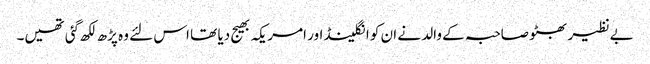
بےنظیر بھٹو صاحبہ کے والد نے ان کو انگلینڈ اور امریکہ بھیج دیا تھا اس لئے وہ پڑھ لکھ گئی تھیں۔